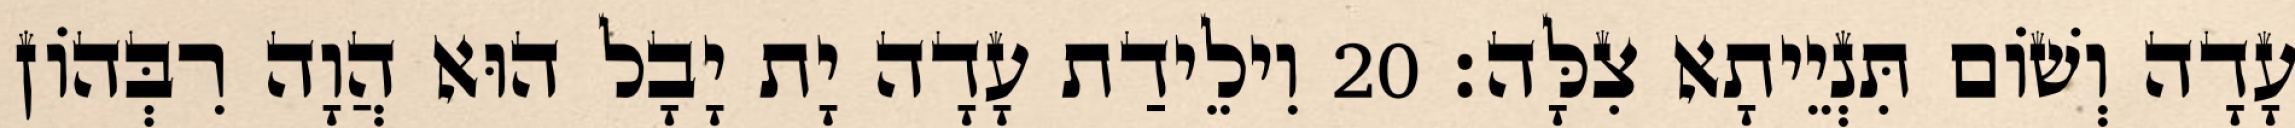
עָדָה וְשׁוֹם תִּנְיֵיתָא צִלָּה׃ 20 וִילֵידַת עָדָה יָת יָבָל הוּא הֲוָה רִבְּהוֹן